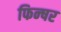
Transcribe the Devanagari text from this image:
फिन्षर